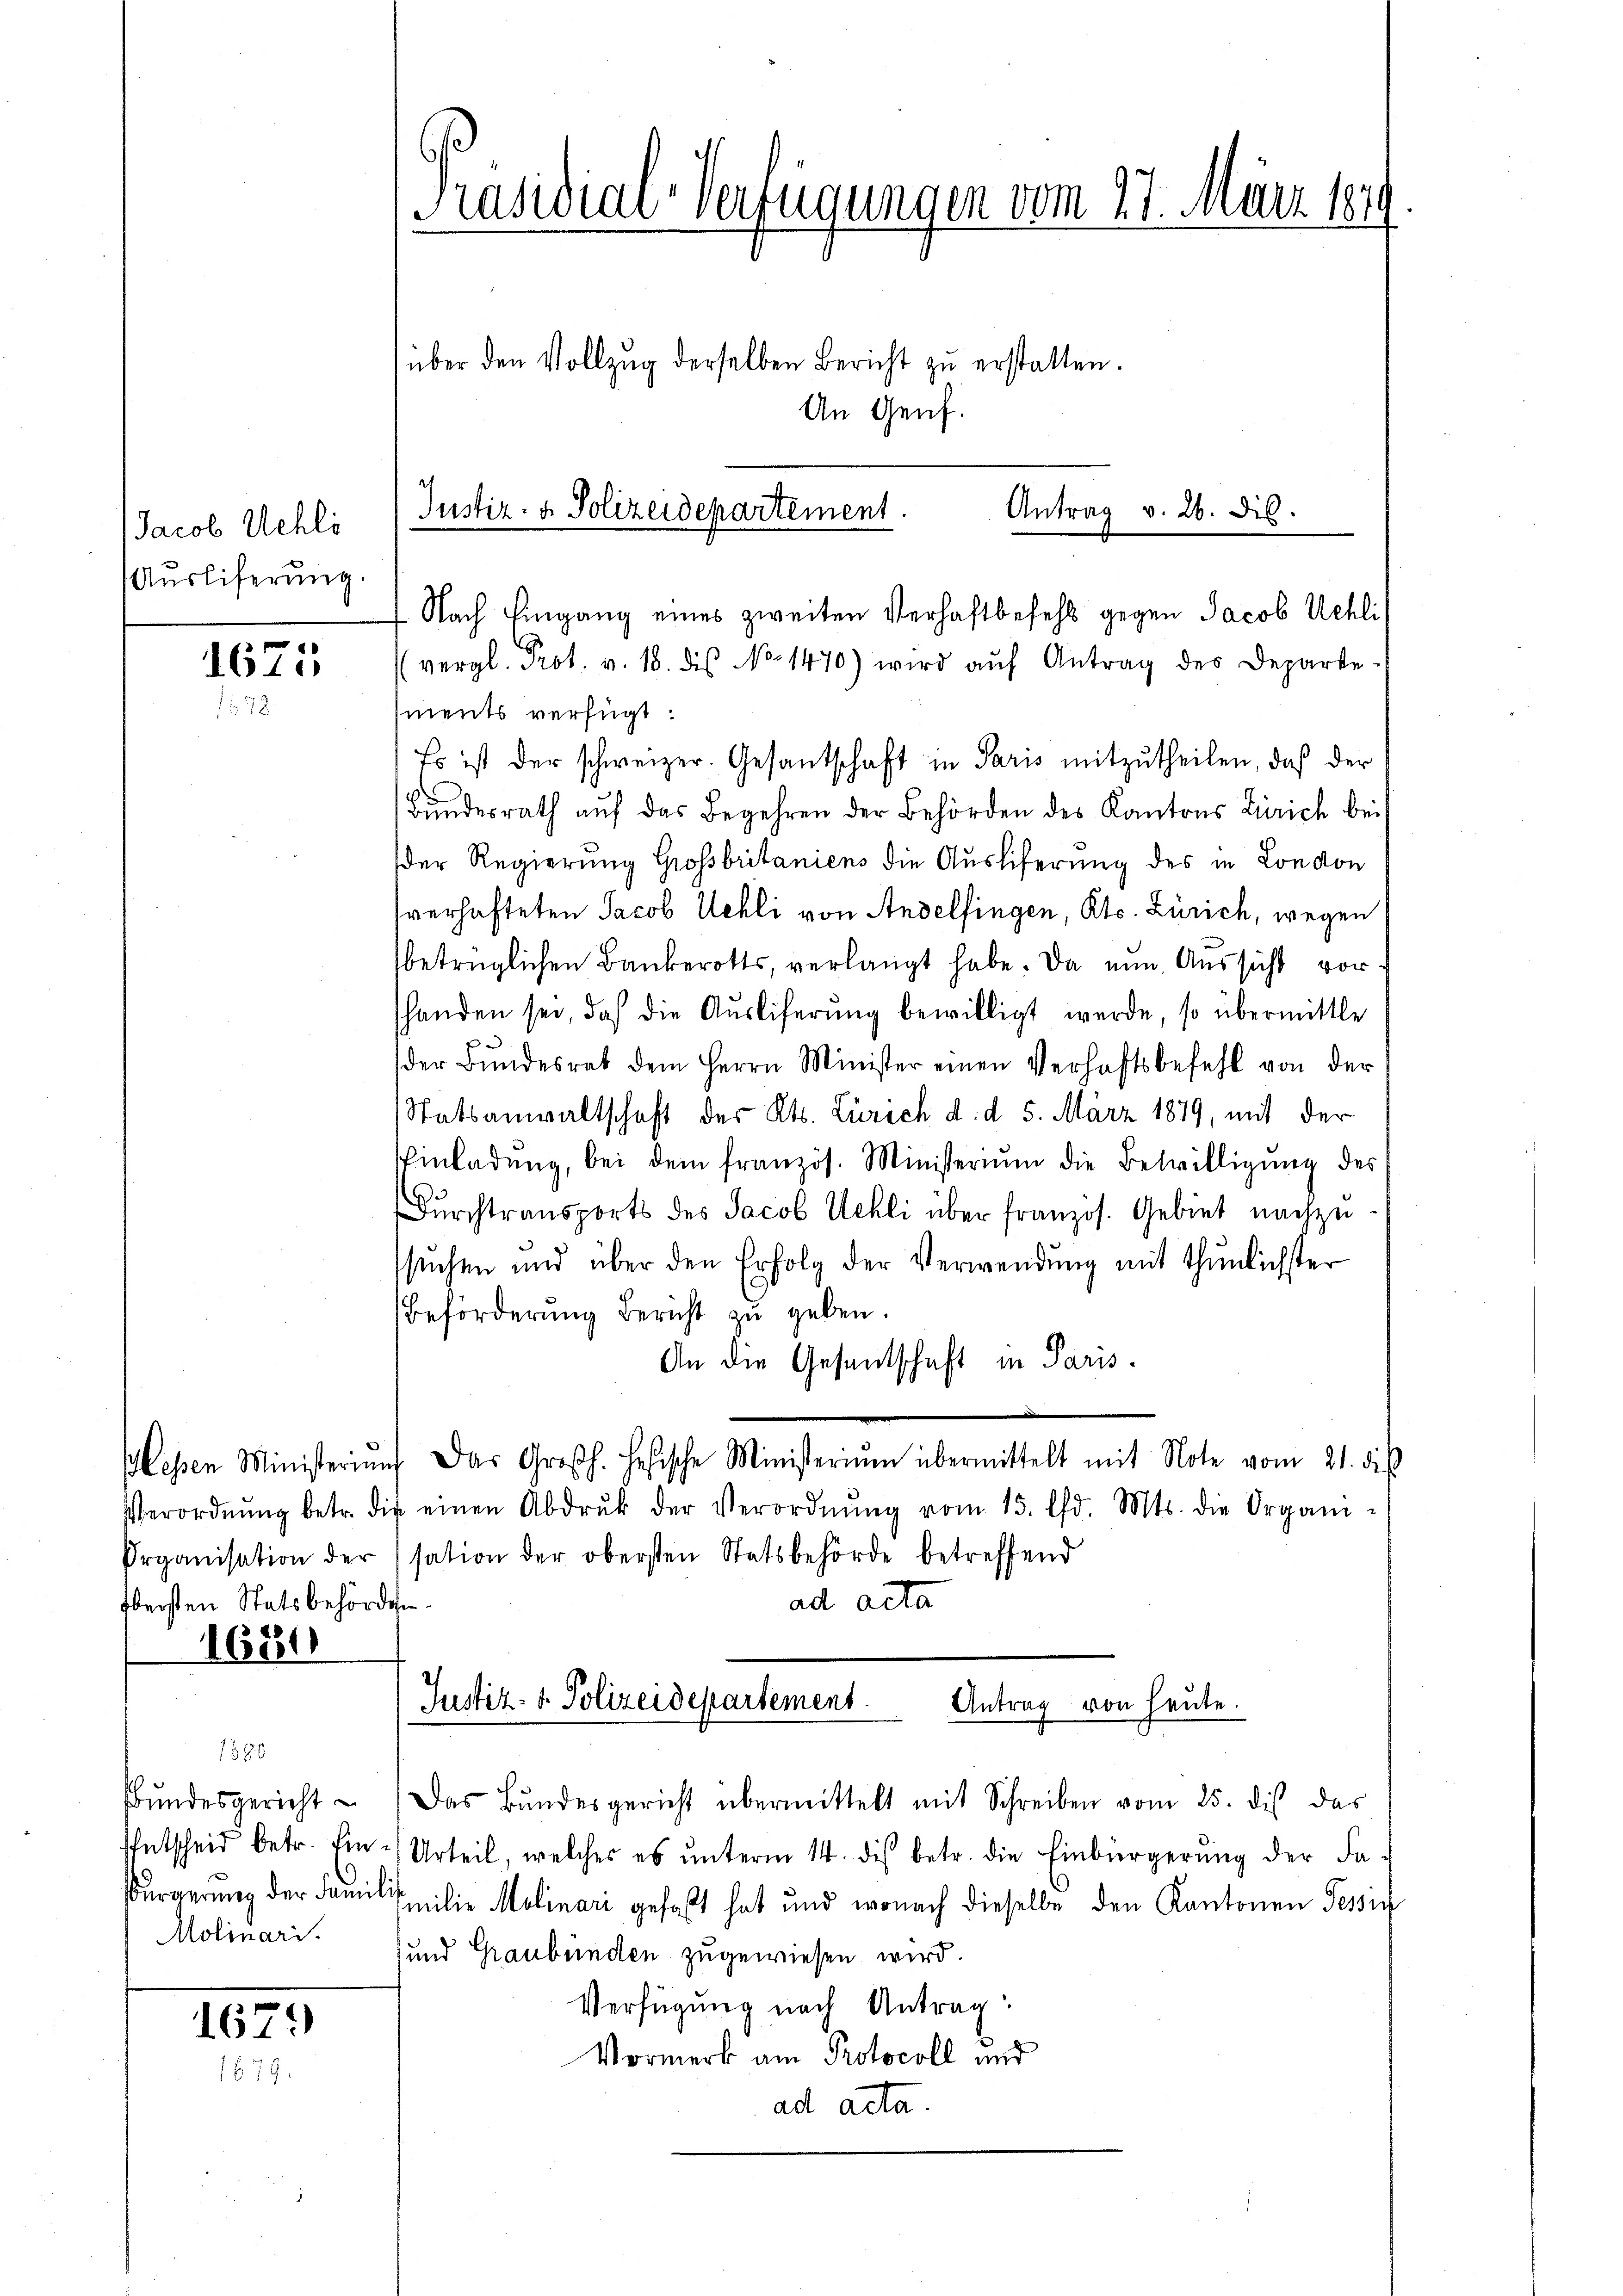
Jacob Uehli
Ausliferung.

1675

fleisten Statsbehörden.
1684

1880
Molinari.

1679

Präsidial-Verfügungen vom 27. März 184
über den Vollzug derselben Bericht zu erstatten.
An Genf.

Justiz- & Polizeidepartement.
Nach Eingang eines zweiten Verhaftbefehl gegen Jacob Uehli¬

Antrag v. 26. dis.

(vergl. Prot. v. 18. des No. 1470) wird aŭf Antrag des Departe
ments verfügt:
Es ist der schweizer. Gesantschaft in Paris mitzŭtheilen, daß der
Bŭndesrath aŭf das Begehren der Behörden des Kantons Zürich bei
der Regierung Großbritaniens die Ausliferung des in London
verhafteten Jacob Uehli von Andelfingen, Kts. Zürich, wegen
betrüglichen Bankerotts, verlangt habe. Da nun, Aussicht vor
shanden sei, daß die Aŭsliferŭng bewilligt werde, so übermittle
der Bŭndesrat dem Herrn Minister einen Verhaftsbefehl von der
Statsanwaltschaft des Kts. Zürich d. d. 5. März 1879, mit der
Einladŭng, bei dem französ. Ministeriŭm die Bewilligŭng des
Durchtransports des Jacob Uehli über französ. Gebiet nachzu-
suchen und über den Erfolg der Verwendung mit thŭnlichster
Beförderung Bericht zu geben.
An die Gesandschaft in Paris.
lessen Ministerium das Großh. Hesische Ministerium übermittelt mit Note vom 21. dieß
Verordnŭng betr. die einen Abdruk der Verordnŭng vom 15. d. Mts. die Organi-
Organisation der sation der obersten Statsbehörde betreffend
ad acta
Justiz- & Polizeidepartement.
Antrag von heute.
Bŭndesgericht - Das Bŭndesgericht übermittelt mit Schreiben vom 25. dies das
Entscheid betr. Ein-Urteil, welcher es ŭnterm 14. des betr. die Einbürgerŭng der Fa-
sbürgerung der Familisilie Molinari gefaßt hat und wonach dieselbe den Kantonen Tessin
und Graubünden zugewiesen wird.
Verfügung nach Antrag:
Vormerk am Protocoll und
ad acta.